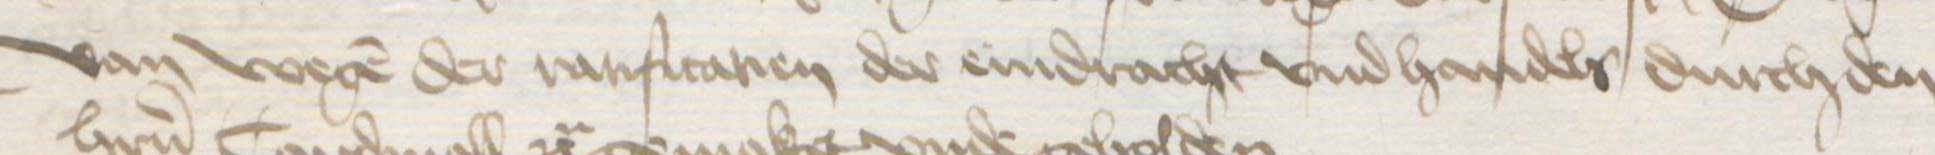
Transcription: Van wegen der rarificatien der eindracht vnd handels durch den